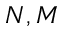
N , M